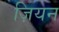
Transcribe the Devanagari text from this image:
ज़ियन